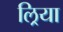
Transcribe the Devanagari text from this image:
ल्रिया